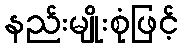
နည်းမျိုးစုံဖြင့်